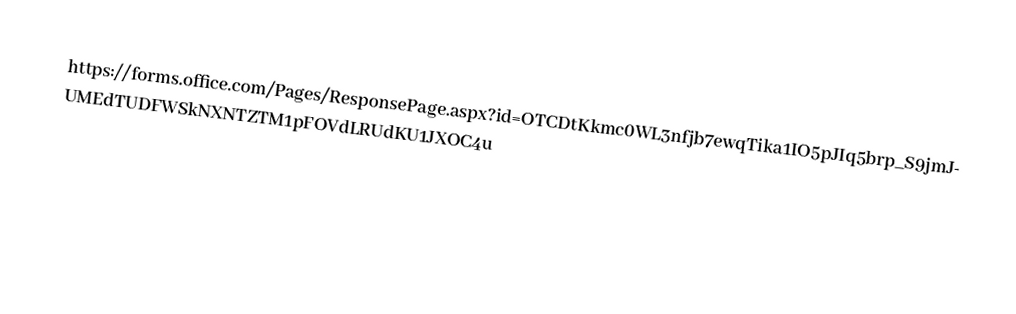
https://forms.office.com/Pages/ResponsePage.aspx?id=OTCDtKkmc0WL3nfjb7ewqTika1IO5pJIq5brp_S9jmJUMEdTUDFWSkNXNTZTM1pFOVdLRUdKU1JXOC4u